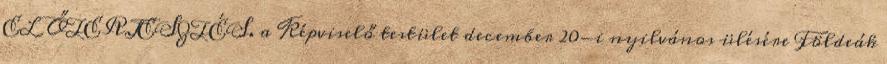
ELŐTERJESZTÉS. a Képviselő testület december 20-i nyilvános ülésére Földeák